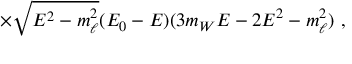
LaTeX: \times \sqrt { E ^ { 2 } - m _ { \ell } ^ { 2 } } ( E _ { 0 } - E ) ( 3 m _ { W } E - 2 E ^ { 2 } - m _ { \ell } ^ { 2 } ) \ ,